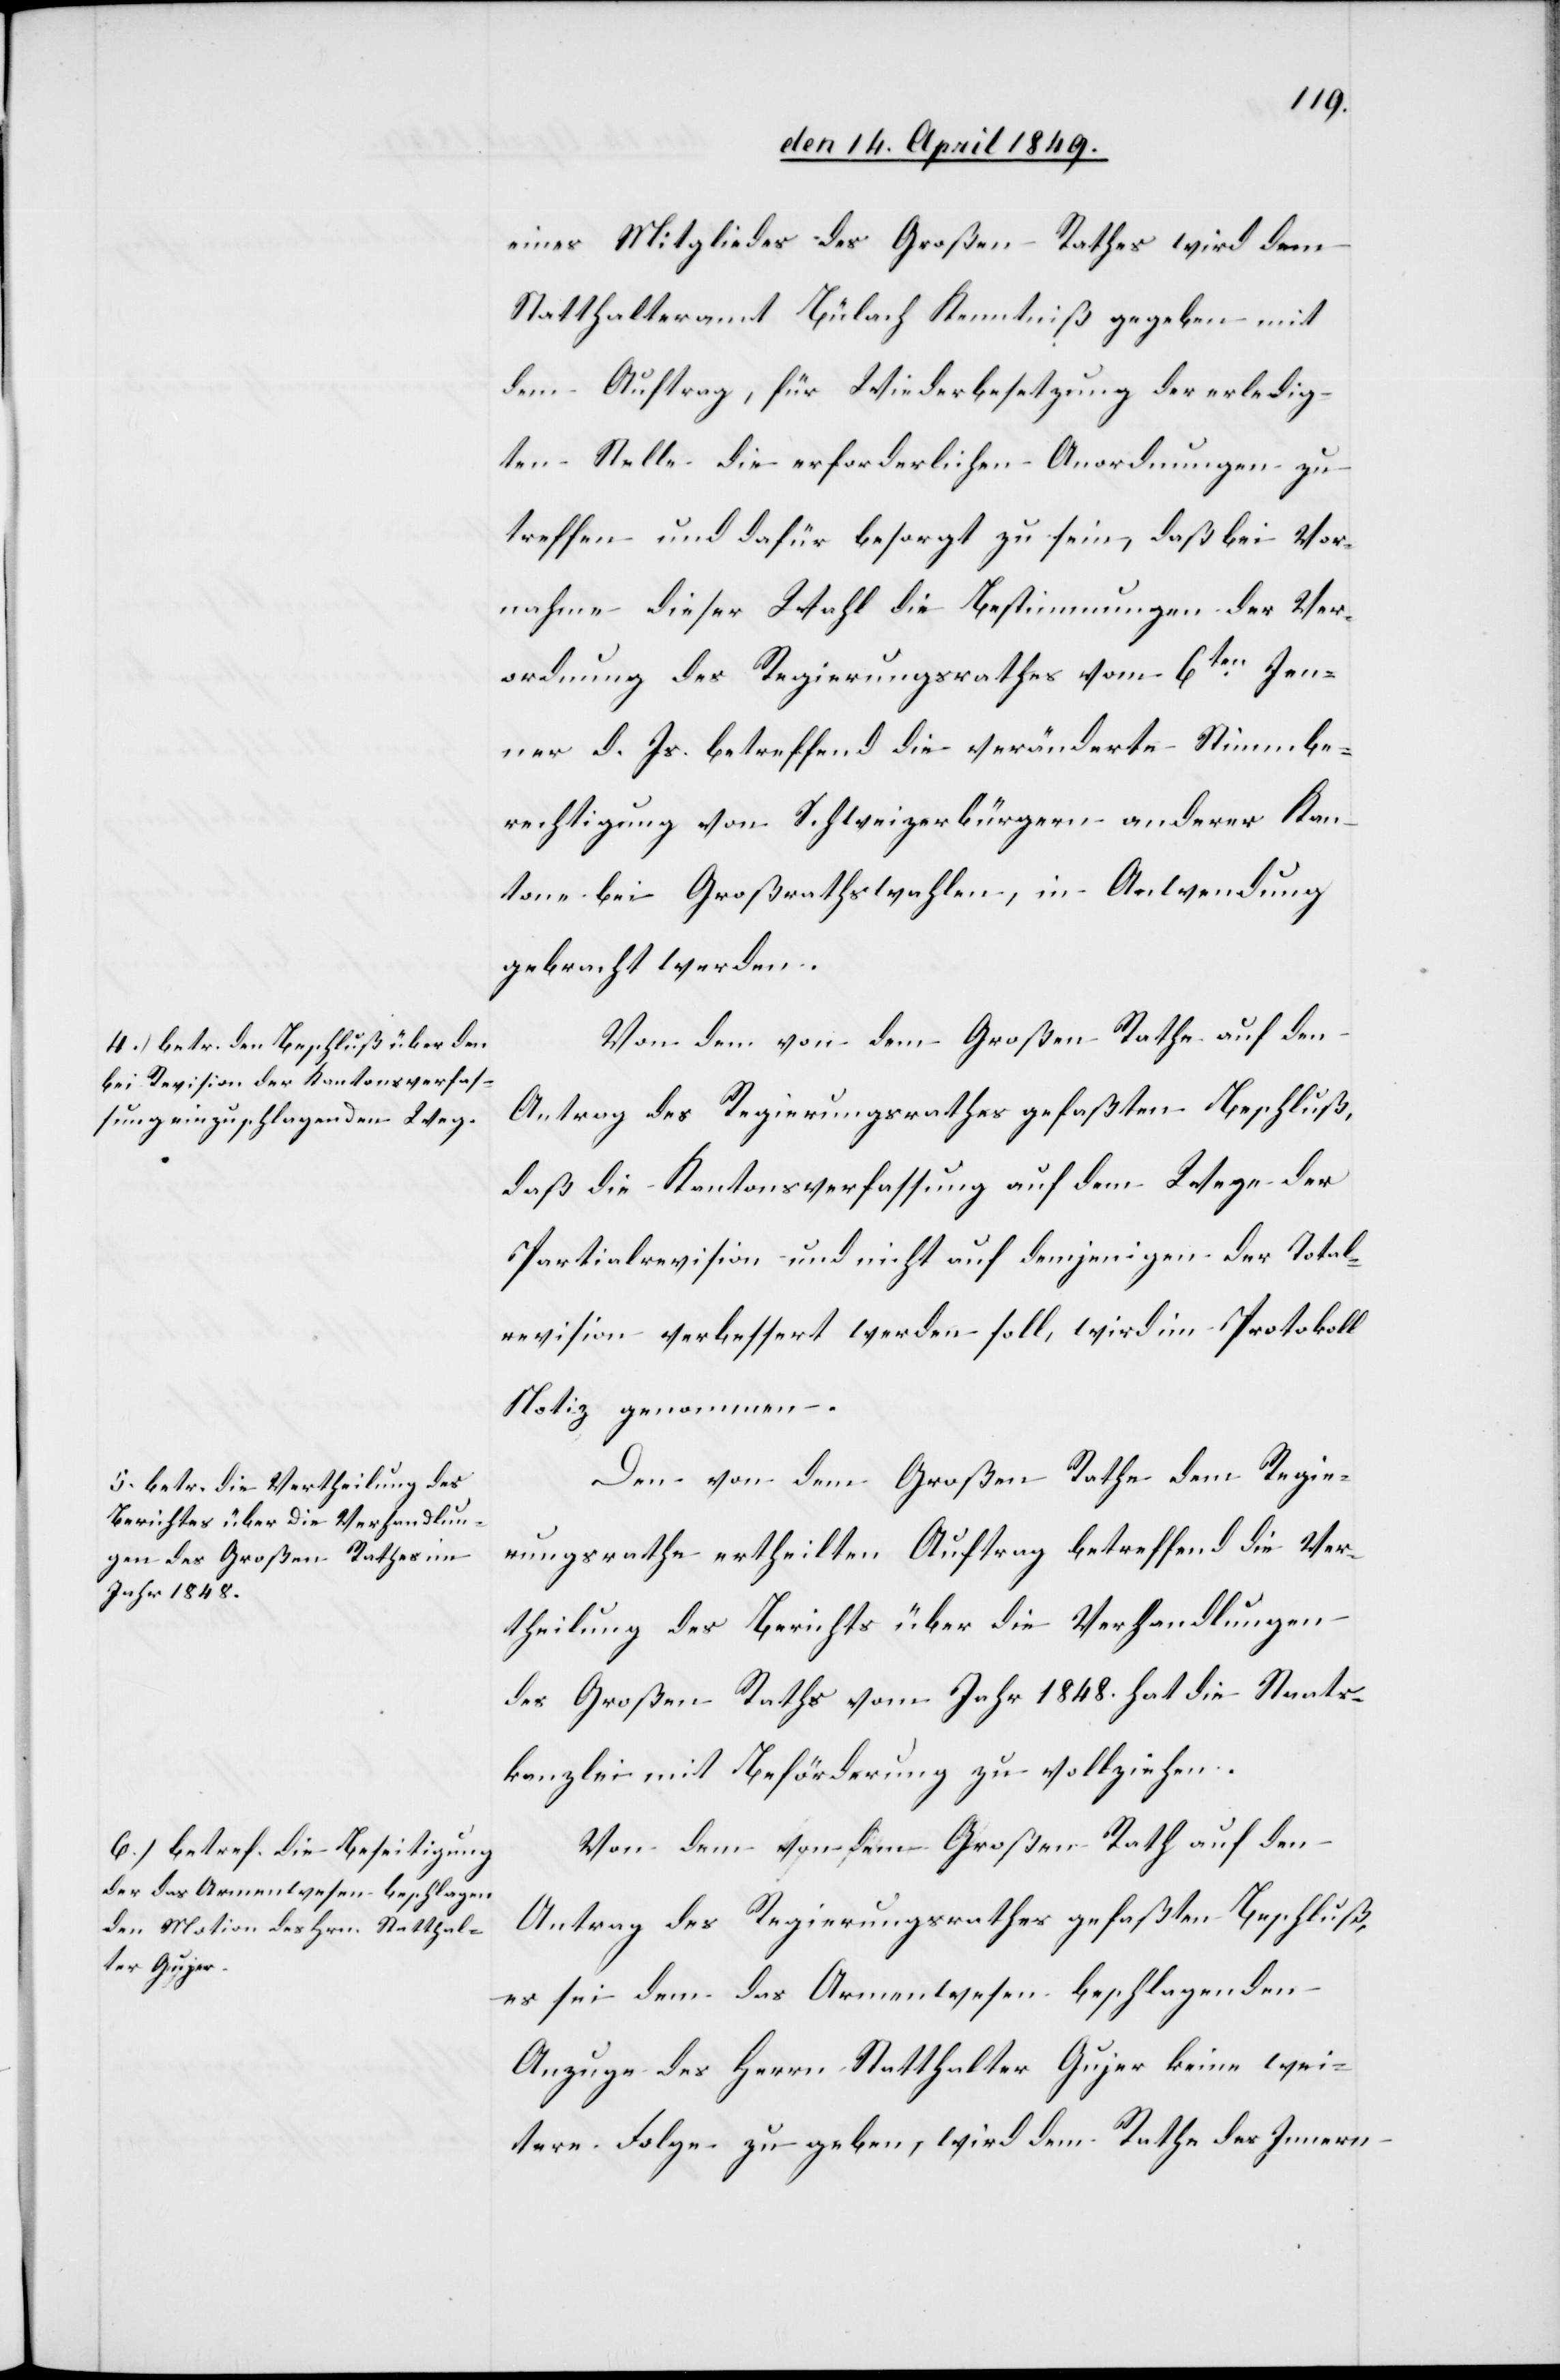
eines Mitgliedes des Großen Rathes wird dem
Statthalteramt Bülach Kenntniß gegeben mit
dem Auftrag, für Wiederbesetzung der erledig¬
ten Stelle die erforderlichen Anordnungen zu
treffen und dafür besorgt zu sein, daß bei Vor¬
nahme dieser Wahl die Bestimmungen der Ver¬
ordnung des Regierungsrathes vom 6ten Jen¬
ner d. Js. betreffend die veränderte Stimmbe¬
rechtigung von Schweizerbürgern anderer Kan¬
tone bei Großrathswahlen, in Anwendung
gebracht werden.
Von dem von dem Großen Rathe auf den
Antrag des Regierungsrathes gefaßten Beschluß,
daß die Kantonsverfassung auf dem Wege der
Partialrevision und nicht auf demjenigen der Total¬
revision verbessert werden soll, wird im Protokoll
Notiz genommen.
Den von dem Großen Rathe dem Regie¬
rungsrathe ertheilten Auftrag betreffend die Ver¬
theilung des Berichts über die Verhandlungen
des Großen Raths vom Jahr 1848. hat die Staats¬
kanzlei mit Beförderung zu vollziehen.
Von dem von dem Großen Rath auf den
Antrag des Regierungsrathes gefaßten Beschluß,
es sei dem das Armenwesen beschlagenden
Anzuge des Herrn Statthalter Gujer keine wei¬
tere Folge zu geben, wird dem Rathe des Innern